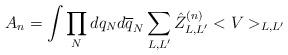
LaTeX: \begin{align*}A_n=\int\prod_Ndq_Nd\overline q_N\sum_{L,L'}\hat Z_{L,L'}^{(n)} <V>_{L,L'}\end{align*}